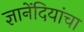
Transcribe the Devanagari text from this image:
ज्ञानेंदियांचा